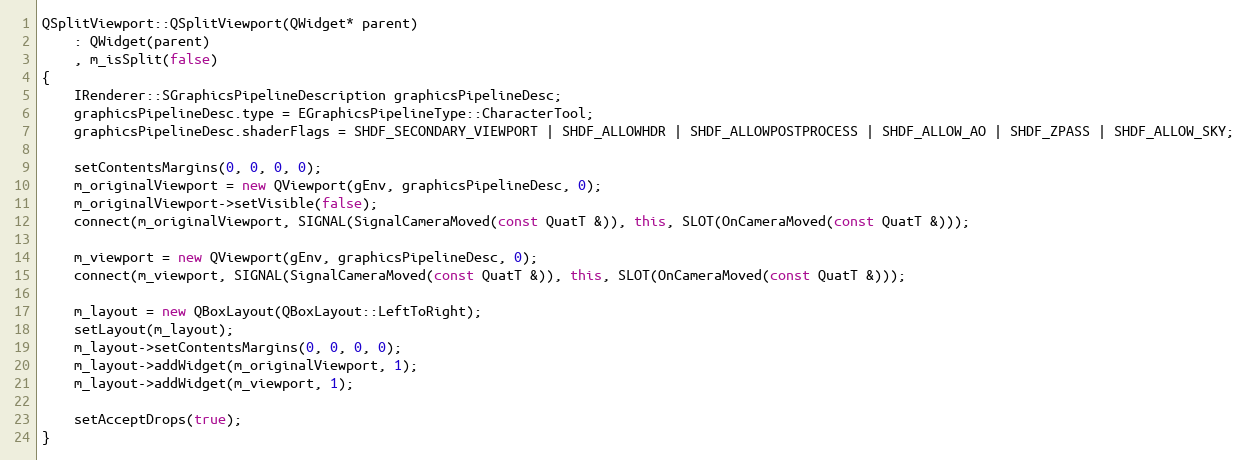
Language: C++
QSplitViewport::QSplitViewport(QWidget* parent)
	: QWidget(parent)
	, m_isSplit(false)
{
	IRenderer::SGraphicsPipelineDescription graphicsPipelineDesc;
	graphicsPipelineDesc.type = EGraphicsPipelineType::CharacterTool;
	graphicsPipelineDesc.shaderFlags = SHDF_SECONDARY_VIEWPORT | SHDF_ALLOWHDR | SHDF_ALLOWPOSTPROCESS | SHDF_ALLOW_AO | SHDF_ZPASS | SHDF_ALLOW_SKY;

	setContentsMargins(0, 0, 0, 0);
	m_originalViewport = new QViewport(gEnv, graphicsPipelineDesc, 0);
	m_originalViewport->setVisible(false);
	connect(m_originalViewport, SIGNAL(SignalCameraMoved(const QuatT &)), this, SLOT(OnCameraMoved(const QuatT &)));

	m_viewport = new QViewport(gEnv, graphicsPipelineDesc, 0);
	connect(m_viewport, SIGNAL(SignalCameraMoved(const QuatT &)), this, SLOT(OnCameraMoved(const QuatT &)));

	m_layout = new QBoxLayout(QBoxLayout::LeftToRight);
	setLayout(m_layout);
	m_layout->setContentsMargins(0, 0, 0, 0);
	m_layout->addWidget(m_originalViewport, 1);
	m_layout->addWidget(m_viewport, 1);

	setAcceptDrops(true);
}